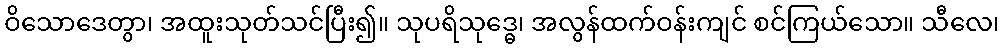
ဝိသောဒေတွာ၊ အထူးသုတ်သင်ပြီး၍။ သုပရိသုဒ္ဓေ၊ အလွန်ထက်ဝန်းကျင် စင်ကြယ်သော။ သီလေ၊